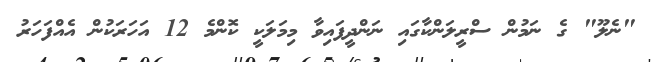
"ނެލޫ" ގެ ނަމުން ސްރީލަންކާގައި ނަންދީފައިވާ މިމަލަކީ ކޮންމެ 12 އަހަރަކުން އެއްފަހަރު